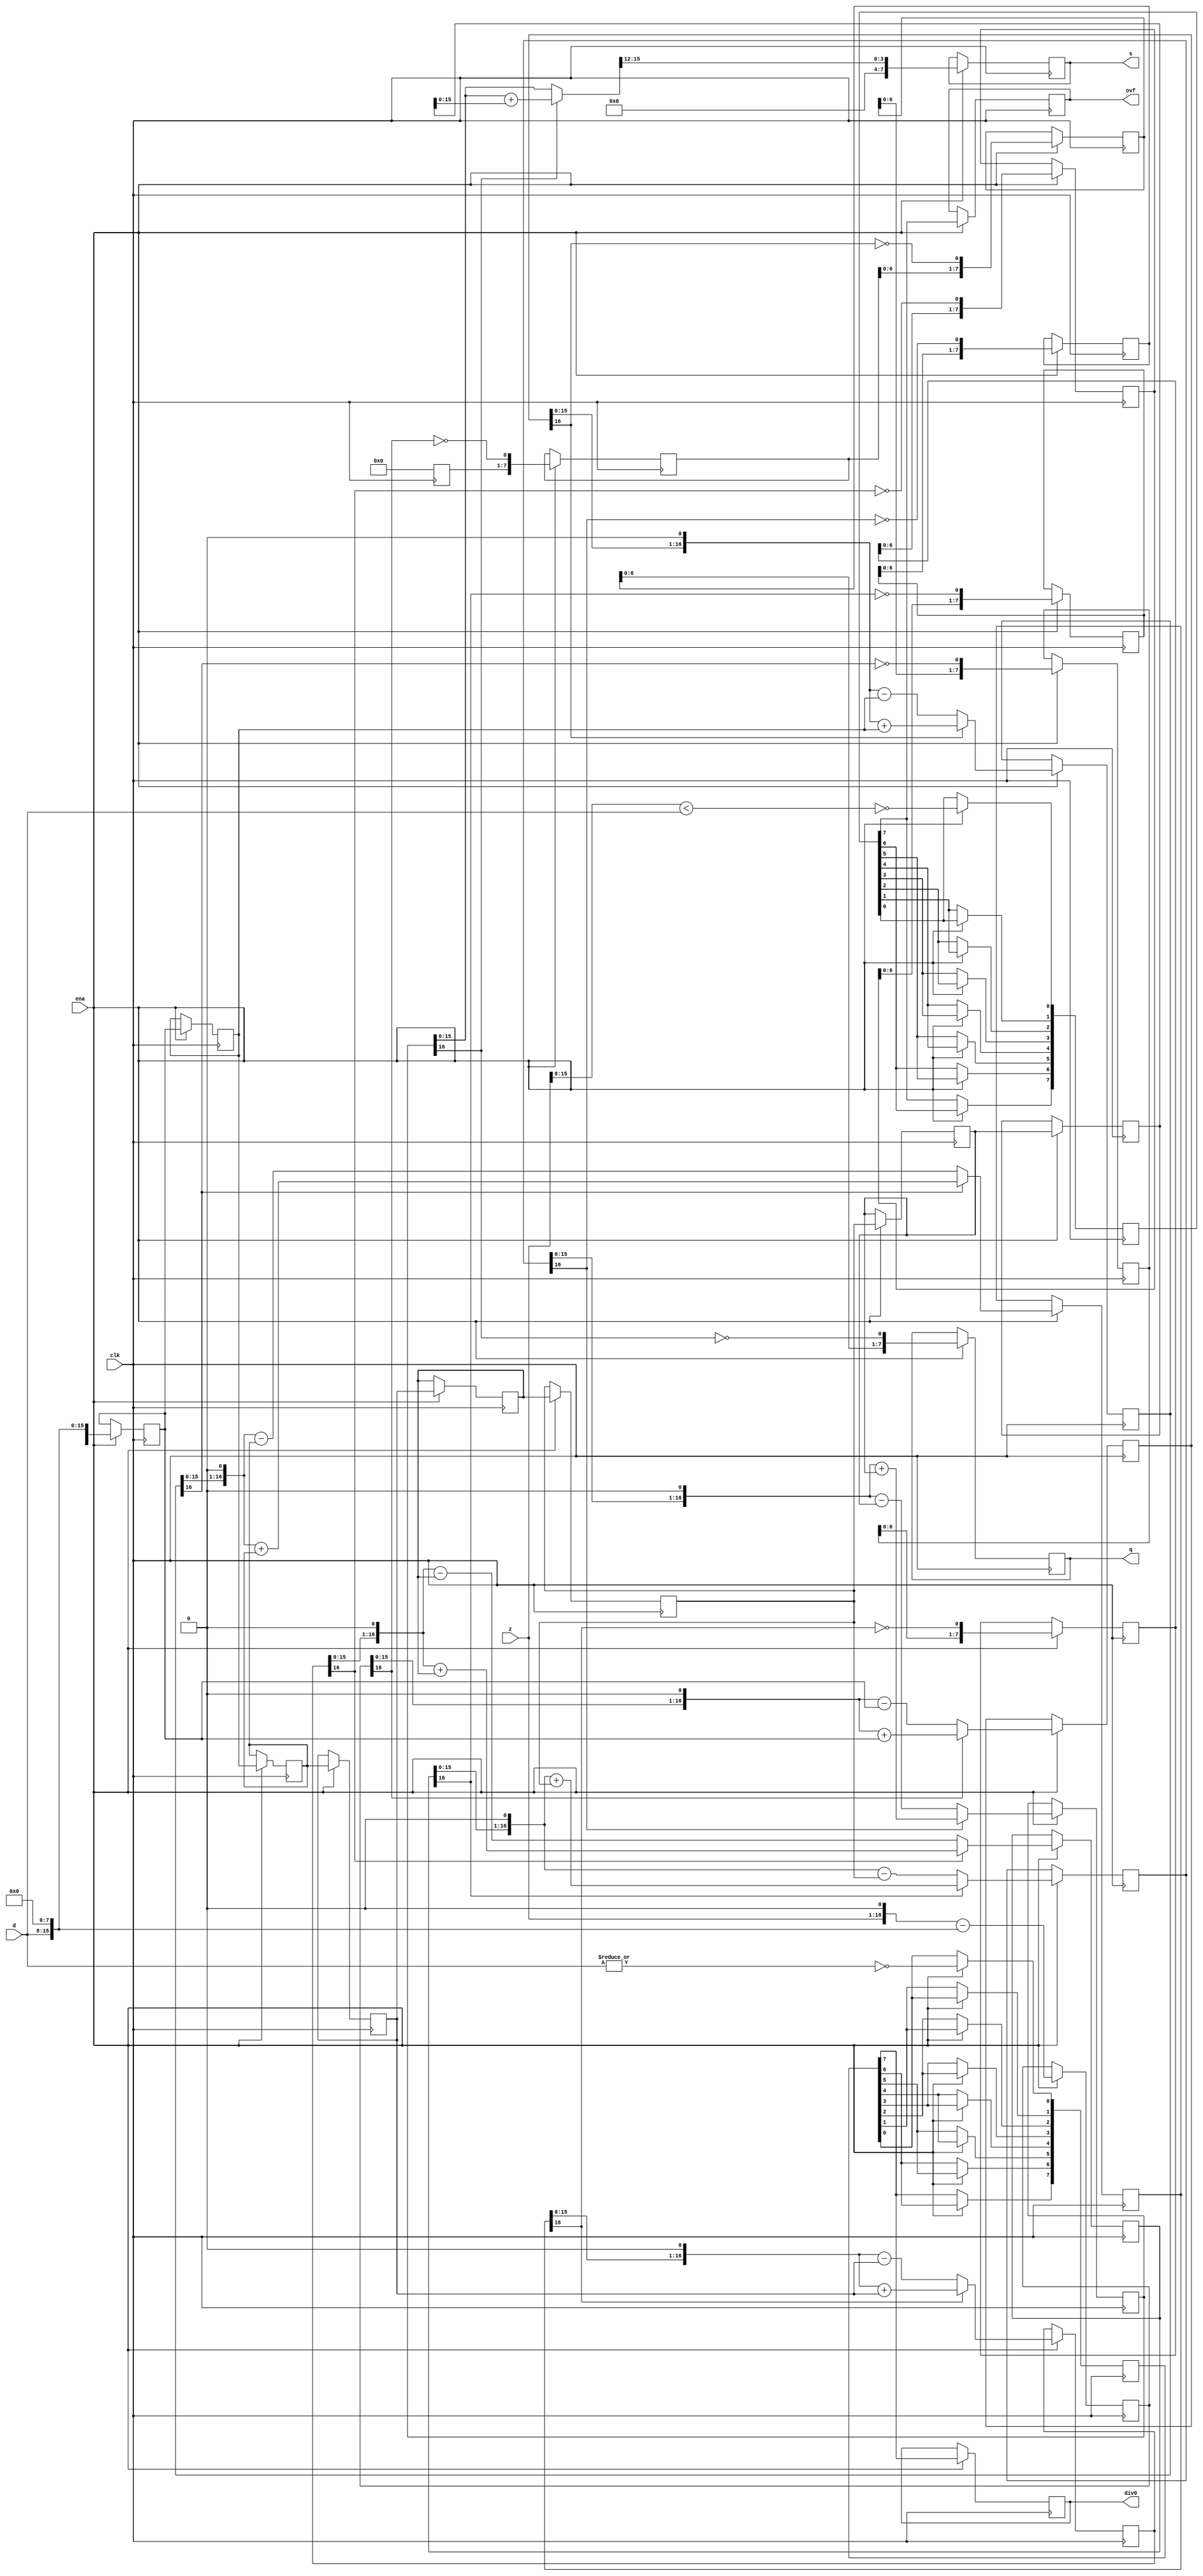
module div_uu(clk, ena, z, d, q, s, div0, ovf);

	//
	// parameters
	//
	parameter z_width = 16;
	parameter d_width = z_width /2;

	//
	// inputs & outputs
	//
	input clk;               // system clock
	input ena;               // clock enable

	input  [z_width -1:0] z; // divident
	input  [d_width -1:0] d; // divisor
	output [d_width -1:0] q; // quotient
	reg [d_width-1:0] q;
	output [d_width -1:0] s; // remainder
	reg [d_width-1:0] s;
	output div0;
	reg div0;
	output ovf;
	reg ovf;

	//
	// functions
	//
	function [z_width:0] gen_s;
		input [z_width:0] si;
		input [z_width:0] di;
	begin
	  if(si[z_width])
	    gen_s = {si[z_width-1:0], 1'b0} + di;
	  else
	    gen_s = {si[z_width-1:0], 1'b0} - di;
	end
	endfunction

	function [d_width-1:0] gen_q;
		input [d_width-1:0] qi;
		input [z_width:0] si;
	begin
	  gen_q = {qi[d_width-2:0], ~si[z_width]};
	end
	endfunction

	function [d_width-1:0] assign_s;
		input [z_width:0] si;
		input [z_width:0] di;
		reg [z_width:0] tmp;
	begin
	  if(si[z_width])
	    tmp = si + di;
	  else
	    tmp = si;

	  assign_s = tmp[z_width-1:z_width-4];
	end
	endfunction

	//
	// variables
	//
	reg [d_width-1:0] q_pipe  [d_width-1:0];
	reg [z_width:0] s_pipe  [d_width:0];
	reg [z_width:0] d_pipe  [d_width:0];

	reg [d_width:0] div0_pipe, ovf_pipe;
	//
	// perform parameter checks
	//
`ifdef SIMULATION
	initial
	begin
	  if(d_width !== z_width / 2)
	    $display("div.v parameter error (d_width != z_width/2).");
	end
`endif

	integer n0, n1, n2, n3;

	// generate divisor (d) pipe
	always @(d)
	  d_pipe[0] <= {1'b0, d, {(z_width-d_width){1'b0}} };

	always @(posedge clk)
	  if(ena)
	    for(n0=1; n0 <= d_width; n0=n0+1)
	       d_pipe[n0] <= #1 d_pipe[n0-1];

	// generate internal remainder pipe
	always @(z)
	  s_pipe[0] <= z;

	always @(posedge clk)
	  if(ena)
	    for(n1=1; n1 <= d_width; n1=n1+1)
	       s_pipe[n1] <= #1 gen_s(s_pipe[n1-1], d_pipe[n1-1]);

	// generate quotient pipe
	always @(posedge clk)
	  q_pipe[0] <= #1 0;

	always @(posedge clk)
	  if(ena)
	    for(n2=1; n2 < d_width; n2=n2+1)
	       q_pipe[n2] <= #1 gen_q(q_pipe[n2-1], s_pipe[n2]);


	// flags (divide_by_zero, overflow)
	always @(z or d)
	begin
	  ovf_pipe[0]  <= !(z[z_width-1:d_width] < d);
	  div0_pipe[0] <= ~|d;
	end

	always @(posedge clk)
	  if(ena)
	    for(n3=1; n3 <= d_width; n3=n3+1)
	    begin
	        ovf_pipe[n3] <= #1 ovf_pipe[n3-1];
	        div0_pipe[n3] <= #1 div0_pipe[n3-1];
	    end

	// assign outputs
	always @(posedge clk)
	  if(ena)
	    ovf <= #1 ovf_pipe[d_width];

	always @(posedge clk)
	  if(ena)
	    div0 <= #1 div0_pipe[d_width];

	always @(posedge clk)
	  if(ena)
	    q <= #1 gen_q(q_pipe[d_width-1], s_pipe[d_width]);

	always @(posedge clk)
	  if(ena)
	    s <= #1 assign_s(s_pipe[d_width], d_pipe[d_width]);
endmodule